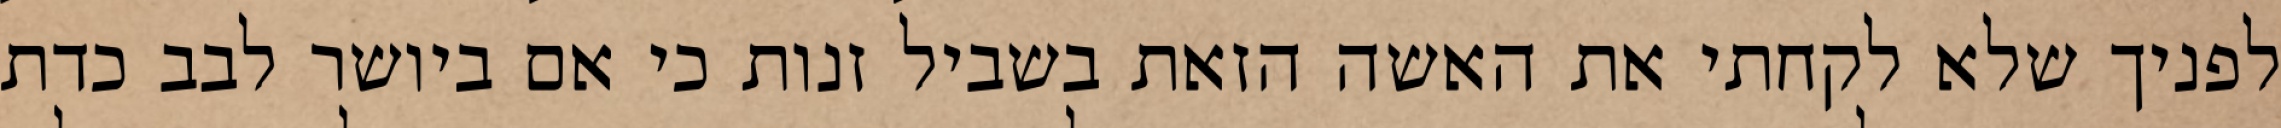
לפניך שלא לקחתי את האשה הזאת בשביל זנות כי אם ביושר לבב כדת